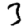
Digit: 3